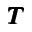
{ \pmb T }